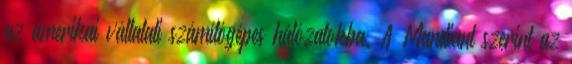
az amerikai vállalati számítógépes hálózatokba. A Mandiant szerint az